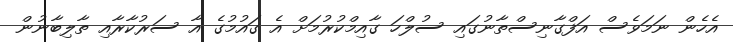
އެހެން ނަމަވެސް އަފްގާނިސްތާނުގައި ސުލްހަ ގާއިމްކުރުމަށް އެ ގައުމުގެ އާ ސަރުކާރާއި ތާލިބާނުން